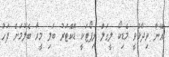
އޭނާ ވިދާޅުވީ މެޑިކޯ ލީގަލް ރިޕޯޓަކީ ޑޮކްޓަރު ބަލި މީހާ ބެލުމަށް ފަހު